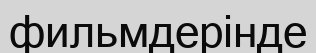
фильмдерінде